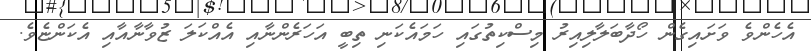
އެހެންވެ ވަށައިގެން ހޯދާބަލާލިއިރު މިސްކިތުގައި ހަމައެކަނި ތިބީ އަހަރެންނާއި އެއްކަލަ ޒުވާނާއާއި އެކަންޏެވެ.